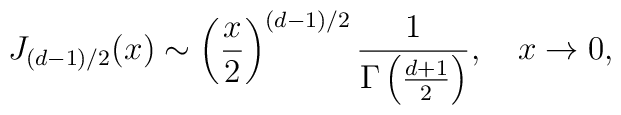
J_{(d-1)/2}(x)\sim\left({x\over2}\right)^{(d-1)/2}{1\over\Gamma\left({d+1\over2}\right)},\quad x\to0,